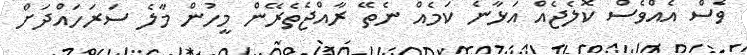
ވެސް އެއްވެސް ކޮލެޖެއް އަޅާނެ ކަމެއް ނެތޭ ރާއްޖެތެރޭން މީހުން މާލެ ސަރަހައްދަށް